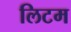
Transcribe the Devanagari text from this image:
लिटम